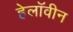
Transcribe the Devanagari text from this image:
हेलाॅवीन